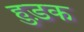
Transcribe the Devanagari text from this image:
हुड़क